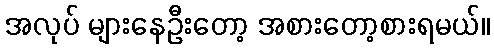
အလုပ် များနေဦးတော့ အစားတော့စားရမယ်။